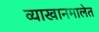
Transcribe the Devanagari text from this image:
व्याखानमालेत